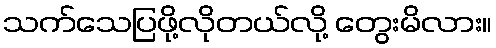
သက်သေပြဖို့လိုတယ်လို့ တွေးမိလား။